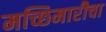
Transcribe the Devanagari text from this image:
मच्छिमारीचा